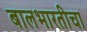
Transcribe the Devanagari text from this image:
बालभारतीचा